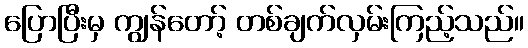
ပြောပြီးမှ ကျွန်တော့် တစ်ချက်လှမ်းကြည့်သည်။